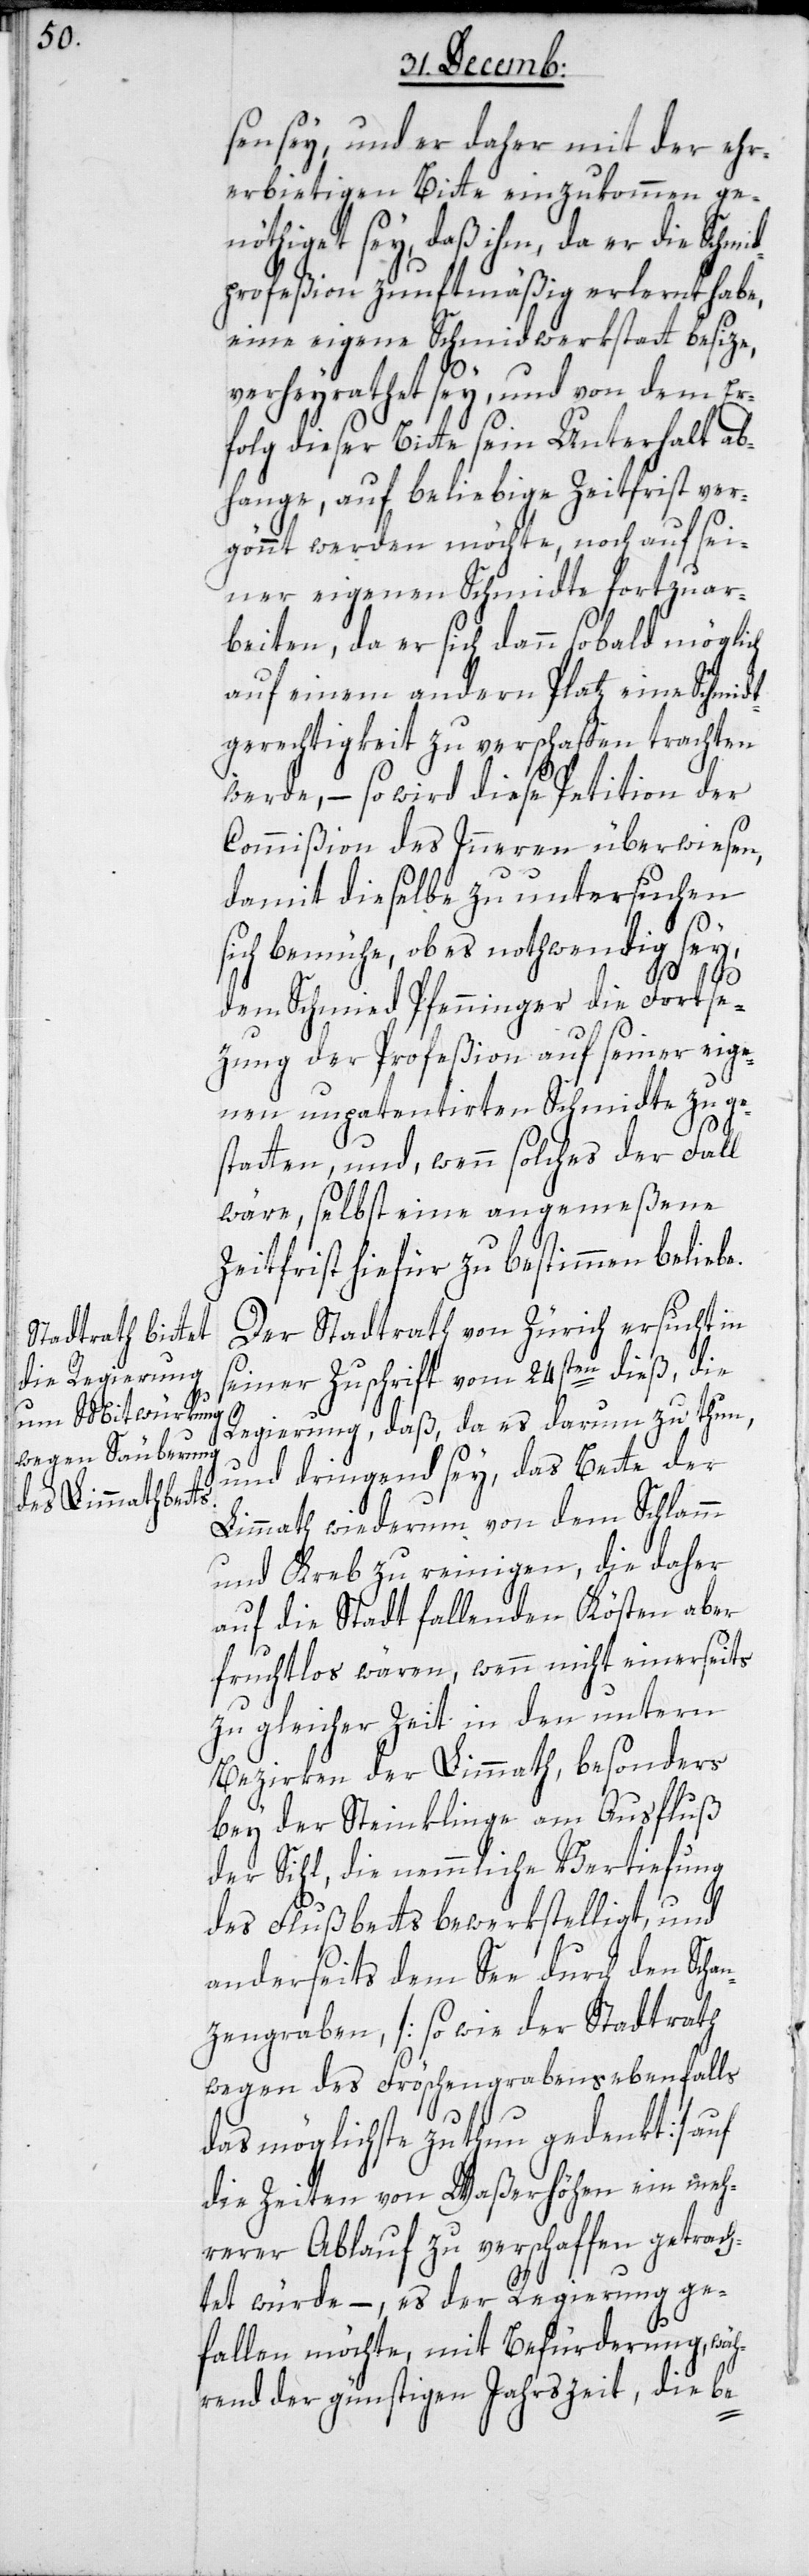
sen sey, und er daher mit der ehr¬
erbietigen Bitte einzukommen ge¬
nöthiget sey, daß ihm, da er die Schmi¬
dprofeßion zunftmäßig erlernt habe,
eine eigene Schmidwerkstatt besize,
verheyrathet sey, und von dem Er¬
folg dieser Bitte sein Unterhalt ab¬
hange, auf beliebige Zeitfrist ver¬
gönnt werden möchte, noch auf sei¬
ner eigenen Schmidte fortzuar¬
beiten, da er sich dann sobald möglich
auf einem andern Platz eine Schmidt¬
gerechtigkeit zu verschaffen trachten
werde, – so wird diese Petition der
Commißion des Inneren überwiesen,
damit dieselbe zu untersuchen
sich bemühe, ob es nothwendig sey,
dem Schmied Pfenninger die Fortse¬
zung der Profeßion auf seiner eige¬
nen unpatentirten Schmidte zu ge¬
statten, und, wenn solches der Fall
wäre, selbst eine angemeßene
Zeitfrist hiefür zu bestimmen beliebe.
Der Stadtrath von Zürich ersucht in
seiner Zuschrift vom 24sten dieß die
Regierung, daß, da es darum zu thun,
und dringend sey, das Bette der
Limmath wiederum von dem Schlamm
und Kreb zu reinigen, die daher
auf die Stadt fallenden Kösten aber
fruchtlos wären, wenn nicht einerseits
zu gleicher Zeit in den untern
Bezirken der Limmath, besonders
bey der Steinklinge am Ausfluß
der Sihl, die nemmliche Vertiefung
des Flußbetts bewerkstelligt und
anderseits dem See durch den Scha¬
nzengraben, [sowie der Stadtrath
wegen des Fröschengrabens ebenfalls
das möglichste zu thun gedenkt] auf
die Zeiten von Waßerhöhen ein meh¬
rerer Ablauf zu verschaffen getrach¬
tet würde, – es der Regierung ge¬
fallen möchte, mit Befürderung wäh¬
rend der günstigen Jahrszeit, die be-